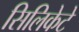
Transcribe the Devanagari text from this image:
सिलिकेटे